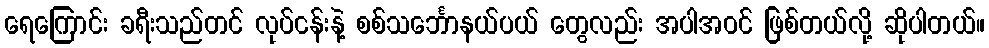
ရေကြောင်း ခရီးသည်တင် လုပ်ငန်းနဲ့ စစ်သင်္ဘောနယ်ပယ် တွေလည်း အပါအဝင် ဖြစ်တယ်လို့ ဆိုပါတယ်။